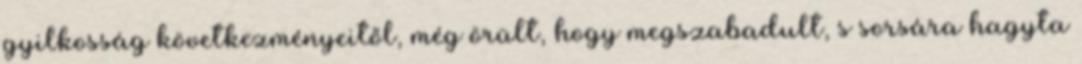
gyilkosság következményeitől, még örült, hogy megszabadult, s sorsára hagyta